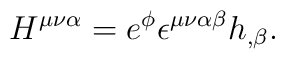
H^{\mu \nu \alpha }=e^\phi \epsilon ^{\mu \nu \alpha \beta }h_{,\beta }.